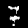
Digit: 7